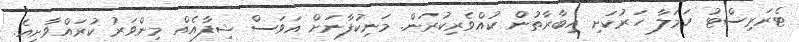
ޓެރަރިސްޓު ހަމަލާ ހަރުކަށި އިބާރާތުން ކުއްވެރިކުރަން. މަނިކުފާނަށް އަވަސް ޝިފާއެއް މިންވަރު ކުރައްވާށިއެ.